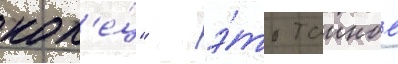
кол'е́ц" - э́то таиное